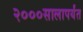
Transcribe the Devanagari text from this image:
२०००सालापर्यंत